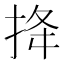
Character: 𢭎